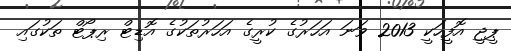
ޕީޖީ އޮފީހަކީ 2013 ވަނަ އަހަރުގެ ކުރީގެ އަހަރުތަކުގެ އޮޑިޓް ރިޕޯޓް ތަކުގައި